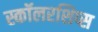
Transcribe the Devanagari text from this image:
स्कॉलरशिप्स